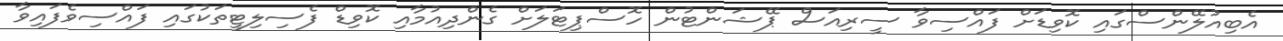
އެބިއުލޭންސްގައި ކޮވިޑަށް ފައްސިވާ ސީރިއަސް ޕޭޝަންޓުން ހޮސްޕިޓަލަށް ގެންދިއުމާއި ކޮވިޑް ފެސިލިޓީތަކުގައި ފައްސިވެފައިވާ